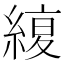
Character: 𦂊